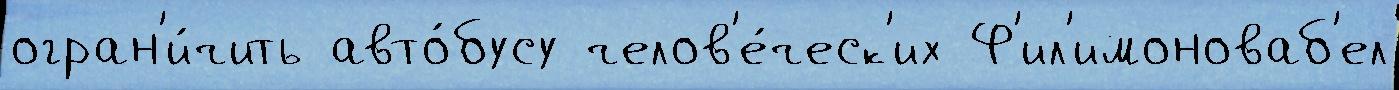
огран'и́чить авто́бусу челов'е́ческ'их Ф'ил'имоноваб'ел